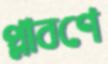
প্লাবণে